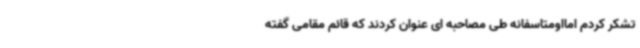
تشکر کردم امااومتاسفانه طی مصاحبه ای عنوان کردند که قائم مقامی گفته